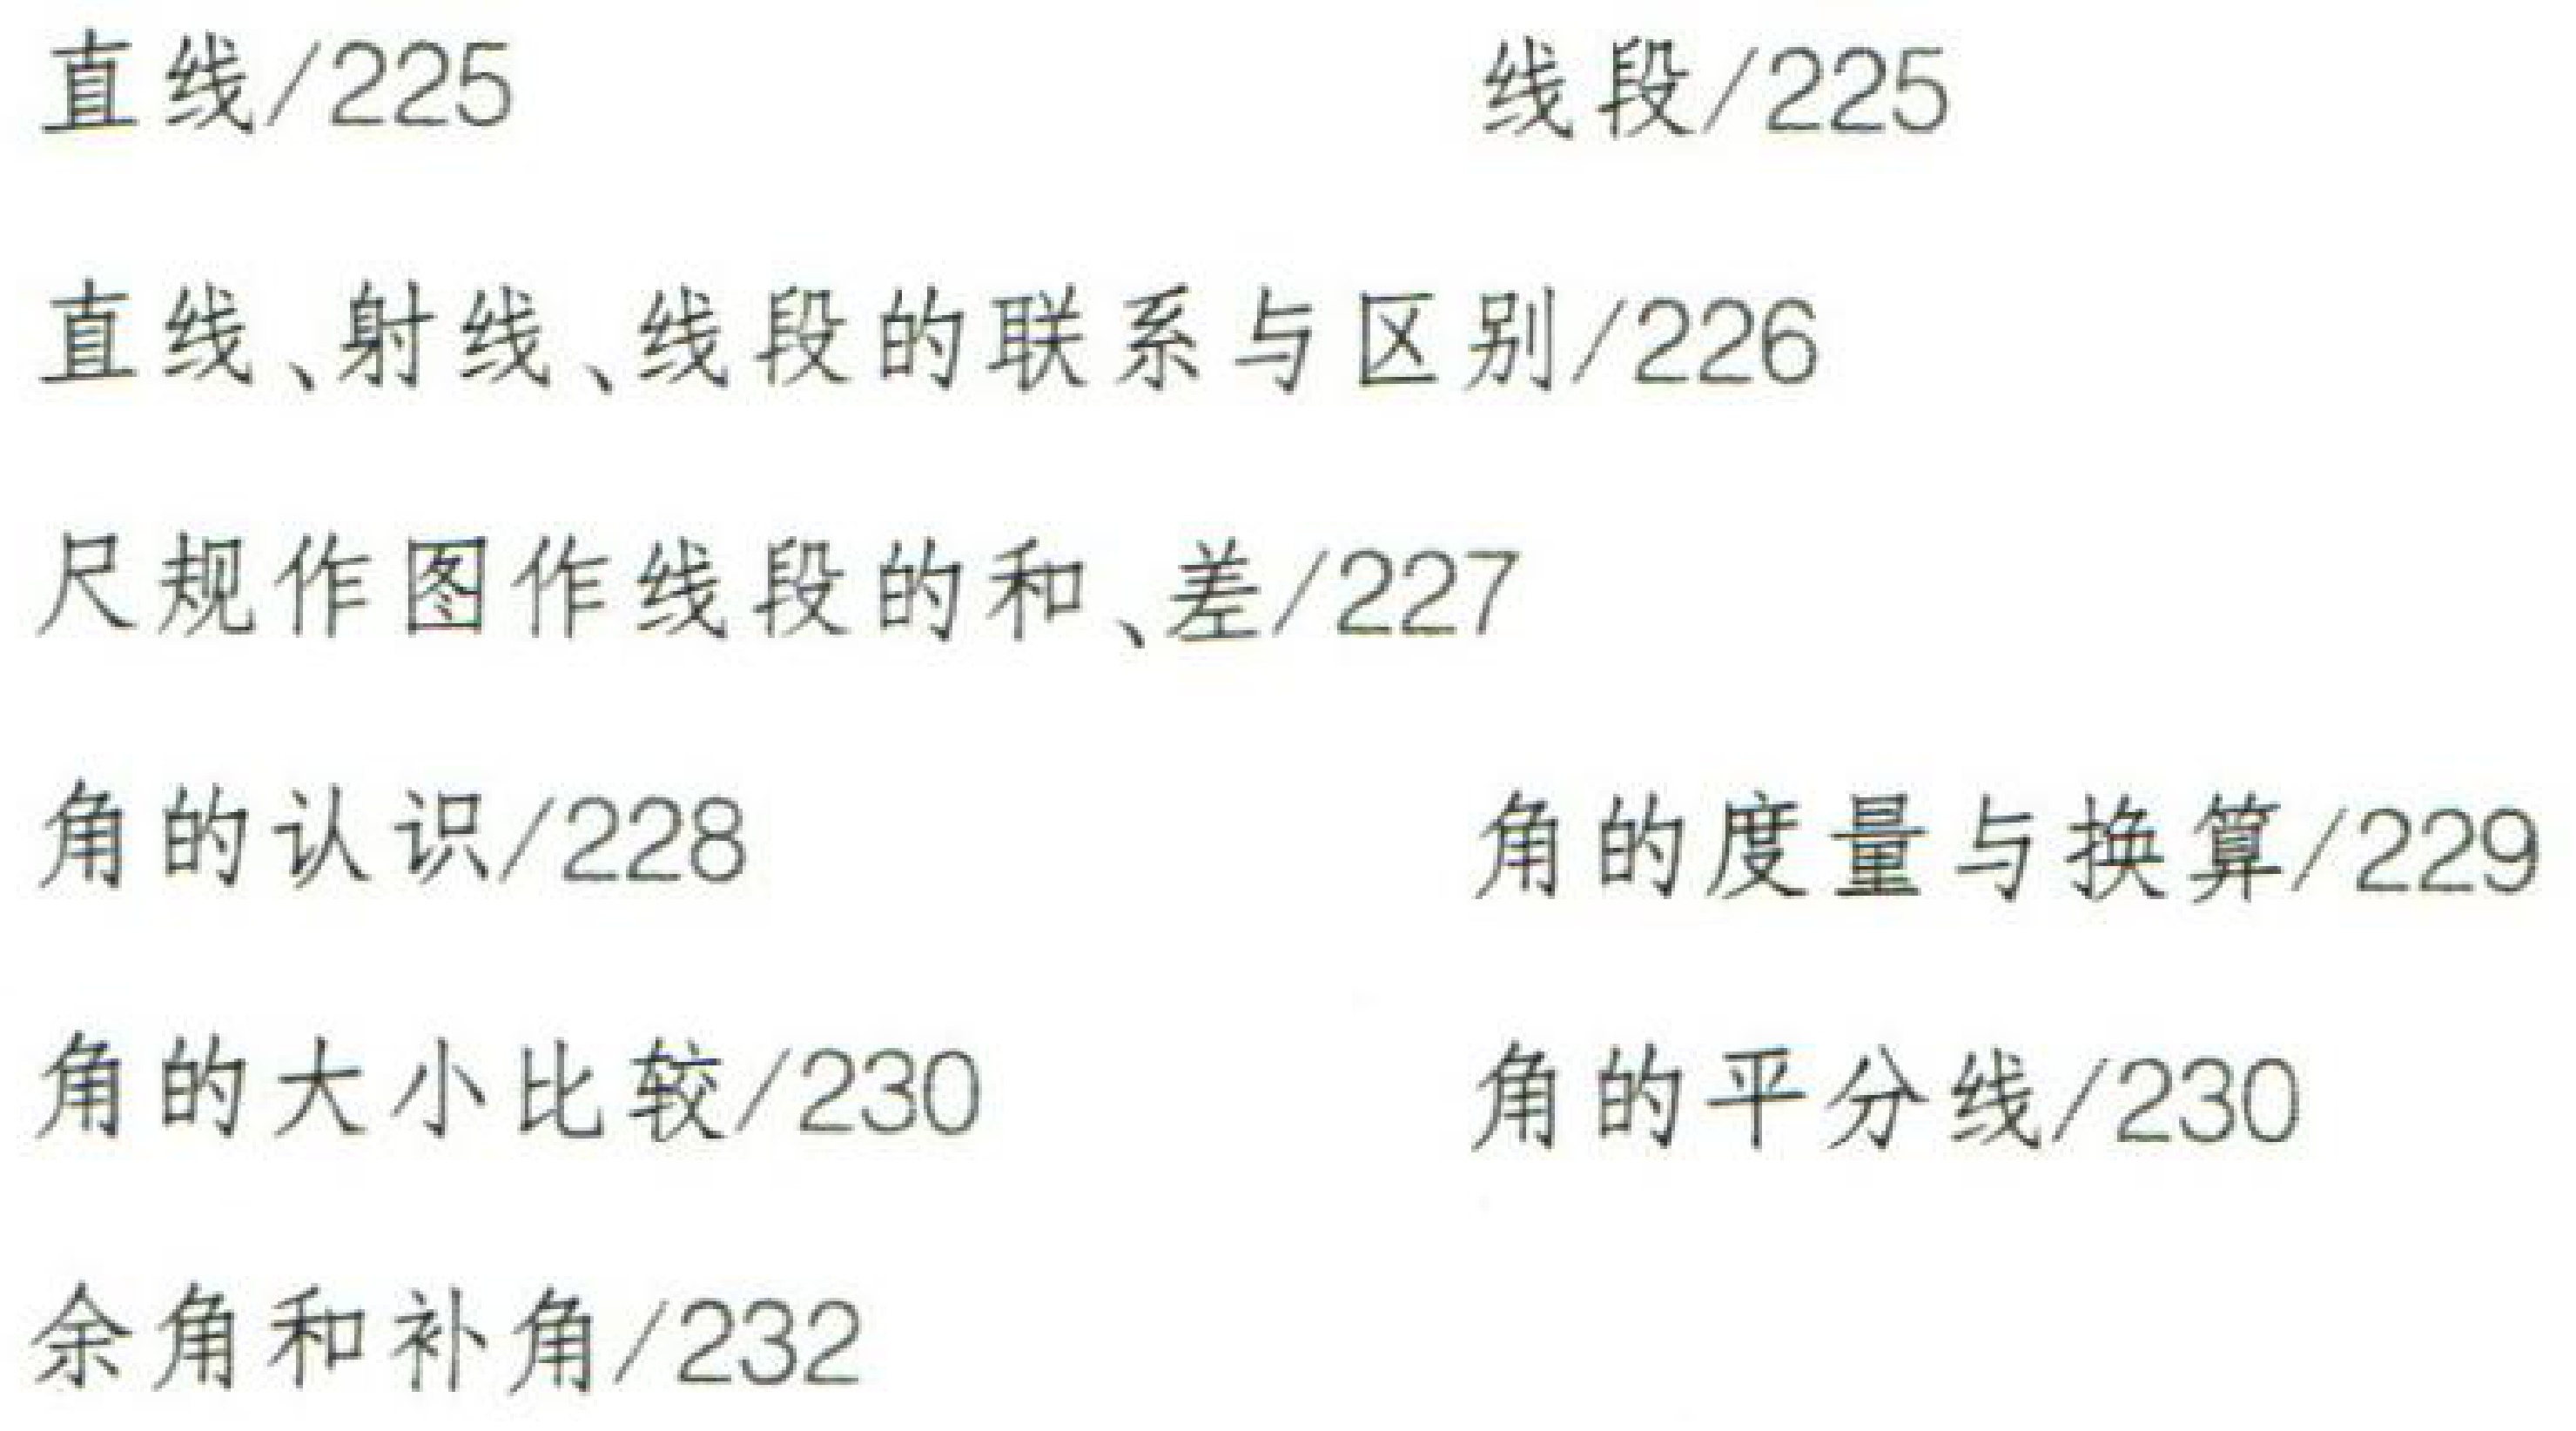
直线/225

线段/225

直线、射线、线段的联系与区别/226

尺规作图作线段的和、差/227

角的认识/228

角的度量与换算/229

角的大小比较/230

角的平分线/230

余角和补角/232